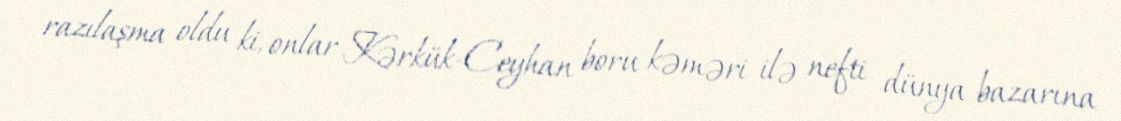
razılaşma oldu ki, onlar Kərkük-Ceyhan boru kəməri ilə nefti dünya bazarına